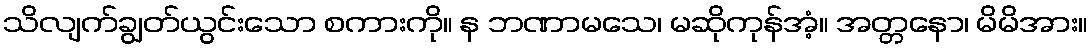
သိလျက်ချွတ်ယွင်းသော စကားကို။ န ဘဏာမသေ၊ မဆိုကုန်အံ့။ အတ္တနော၊ မိမိအား။